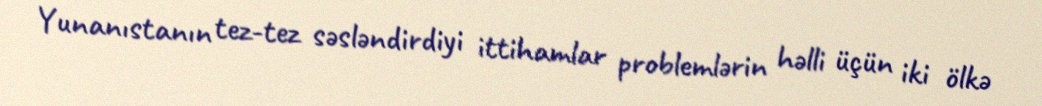
Yunanıstanın tez-tez səsləndirdiyi ittihamlar problemlərin həlli üçün iki ölkə